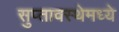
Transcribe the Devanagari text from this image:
सुप्‍तावस्थेमध्ये